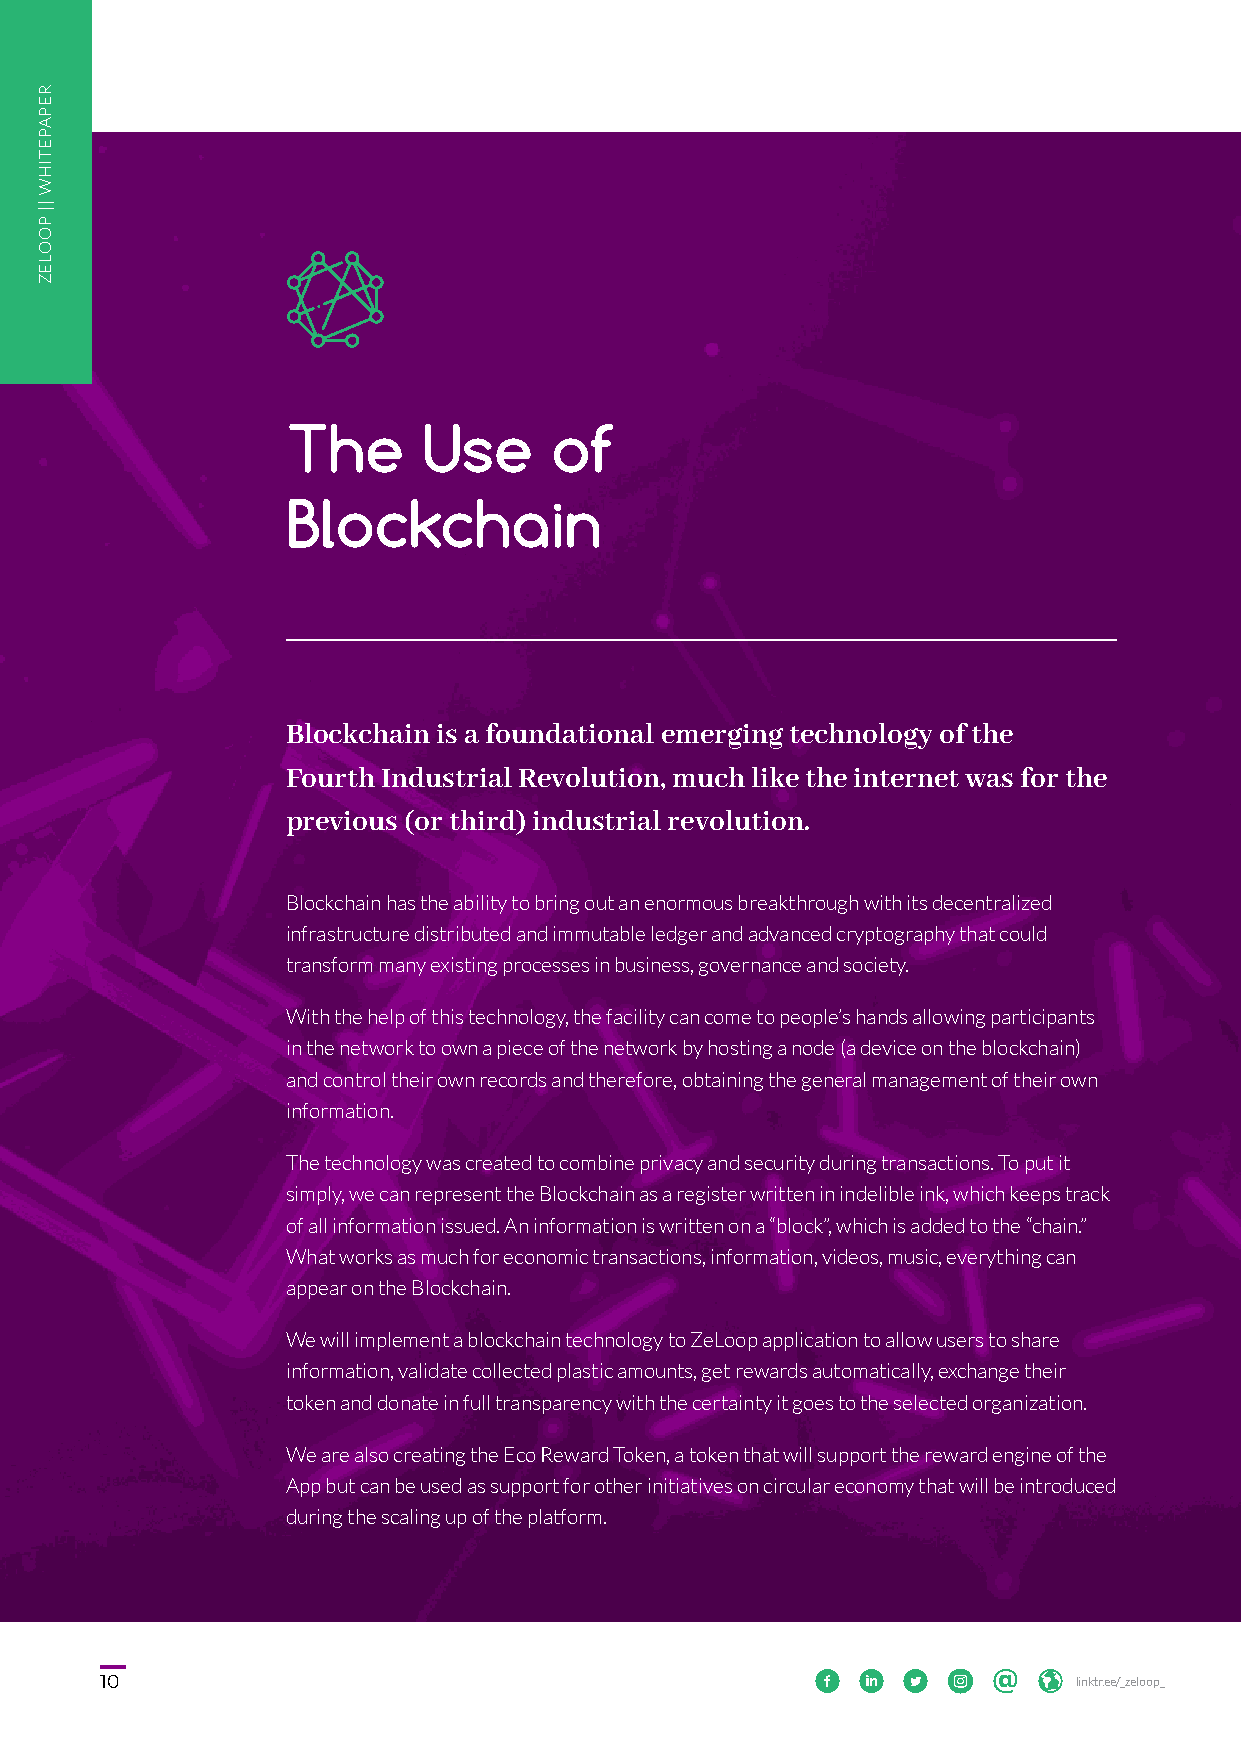
The      Use     of
 Blockchain
 Blockchain is a foundational emerging technology of the
 Fourth Industrial Revolution, much like the internet was for the
 previous (or third) industrial revolution.
 Blockchain has the ability to bring out an enormous breakthrough with its decentralized
 infrastructure distributed and immutable ledger and advanced cryptography that could
 transform many existing processes in business, governance and society.
 With the help of this technology, the facility can come to people’s hands allowing participants
 in the network to own a piece of the network by hosting a node (a device on the blockchain)
 and control their own records and therefore, obtaining the general management of their own
 information.
 The technology was created to combine privacy and security during transactions. To put it
 simply, we can represent the Blockchain as a register written in indelible ink, which keeps track
 of all information issued. An information is written on a “block”, which is added to the “chain.”
 What works as much for economic transactions, information, videos, music, everything can
 appear on the Blockchain.
 We will implement a blockchain technology to ZeLoop application to allow users to share
 information, validate collected plastic amounts, get rewards automatically, exchange their
 token and donate in full transparency with the certainty it goes to the selected organization.
 We are also creating the Eco Reward Token, a token that will support the reward engine of the
 App but can be used as support for other initiatives on circular economy that will be introduced
 during the scaling up of the platform.
 1100                                                 lliinnkkttrr..eeee//__zzeelloooopp__
 RREEPPAAPPEETTIIHHWW
 ||||
 PPOOOOLLEEZZ